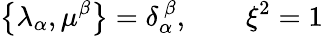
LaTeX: \left\{ \lambda_{\alpha},\mu^{\beta}\right\} =\delta_{\alpha}^{\ \beta},\qquad\xi^{2}=1